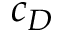
c _ { D }